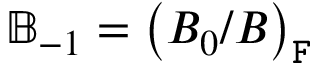
\mathbb { B } _ { - 1 } = \left( B _ { 0 } / B \right) _ { \mathtt { F } }